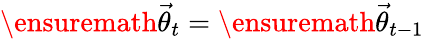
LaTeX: \ensuremath{\vec{\theta}}_{t}=\ensuremath{\vec{\theta}}_{t-1}